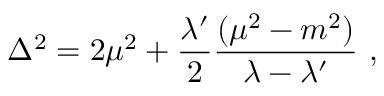
\Delta ^ { 2 } = 2 \mu ^ { 2 } + \frac { \lambda ^ { \prime } } { 2 } \frac { ( \mu ^ { 2 } - m ^ { 2 } ) } { \lambda - \lambda ^ { \prime } } \ ,